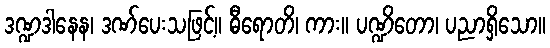
ဒဏ္ဍဒါနေန၊ ဒဏ်ပေးသဖြင့်။ ဓီရောတိ၊ ကား။ ပဏ္ဍိတော၊ ပညာရှိသော။